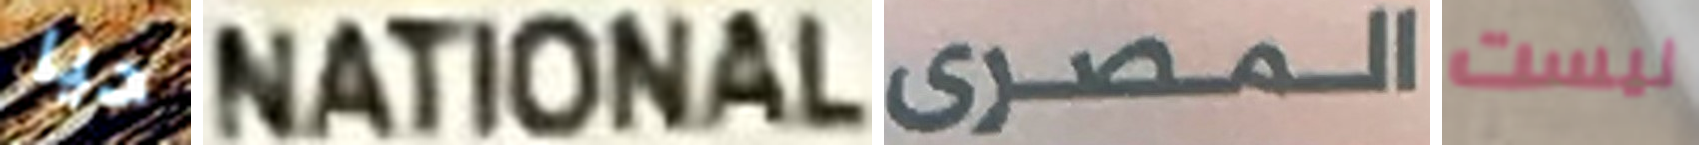
حيا NATIONAL المصرى ليست